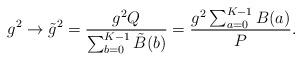
LaTeX: \begin{align*}g^2\rightarrow \tilde{g}^2={g^2Q\over \sum_{b=0}^{K-1}\tilde{B}(b)}={g^2\sum_{a=0}^{K-1}B(a)\over P}.\end{align*}